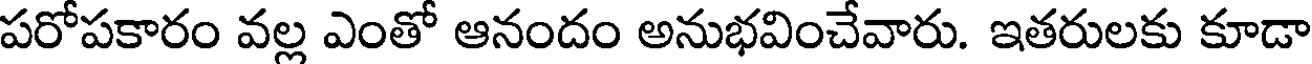
పరోపకారం వల్ల ఎంతో ఆనందం అనుభవించేవారు. ఇతరులకు కూడా